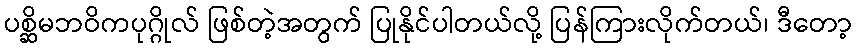
ပစ္ဆိမဘဝိကပုဂ္ဂိုလ် ဖြစ်တဲ့အတွက် ပြုနိုင်ပါတယ်လို့ ပြန်ကြားလိုက်တယ်၊ ဒီတော့